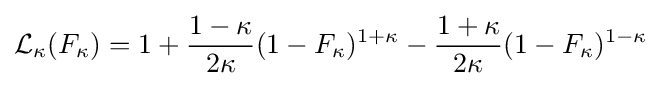
{\mathcal {L}}_{\kappa }(F_{\kappa })=1+{\frac {1-\kappa }{2\kappa }}(1-F_{\kappa })^{1+\kappa }-{\frac {1+\kappa }{2\kappa }}(1-F_{\kappa })^{1-\kappa }